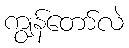
ကျွန်တော်လဲ